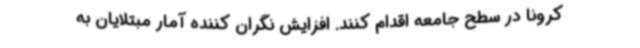
کرونا در سطح جامعه اقدام کنند. افزایش نگران کننده آمار مبتلایان به